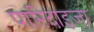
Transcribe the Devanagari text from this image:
पारिदाइजा़